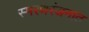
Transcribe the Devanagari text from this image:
स्मरणरंजनात